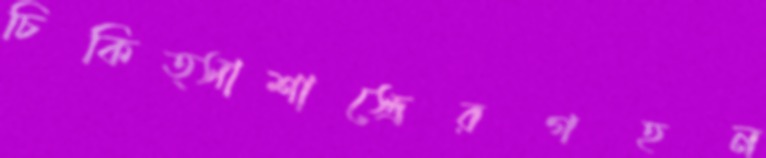
চিকিত্সাশাস্ত্রেরগহন